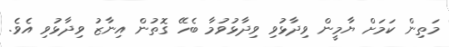
މަތިން ކަމަށް ޔާމީން ވިދާޅުވި ވިދާޅުވުމާ ބެހޭ ގޮތުން އިނާޒު ވިދާޅުވި އެވެ.